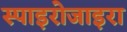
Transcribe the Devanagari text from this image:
स्पाइरोजाइरा